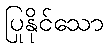
ပြုနိုင်သော